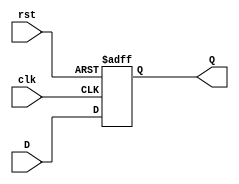
`timescale 1ns/10ps
module DFF(clk, rst, D, Q);
input clk, rst;
input [17:0] D;
output reg [17:0] Q;

always @(posedge clk or posedge rst) begin
	if (rst) begin
	    Q <= 18'd0;
	end
	else begin
		Q <= D;
	end
end

endmodule